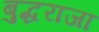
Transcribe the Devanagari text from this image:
बुद्धराजा